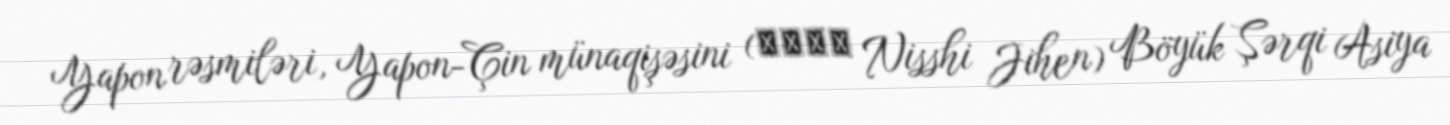
Yapon rəsmiləri, Yapon-Çin münaqişəsini (日支事変 Nisshi Jihen) Böyük Şərqi Asiya